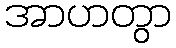
အာဟတွာ